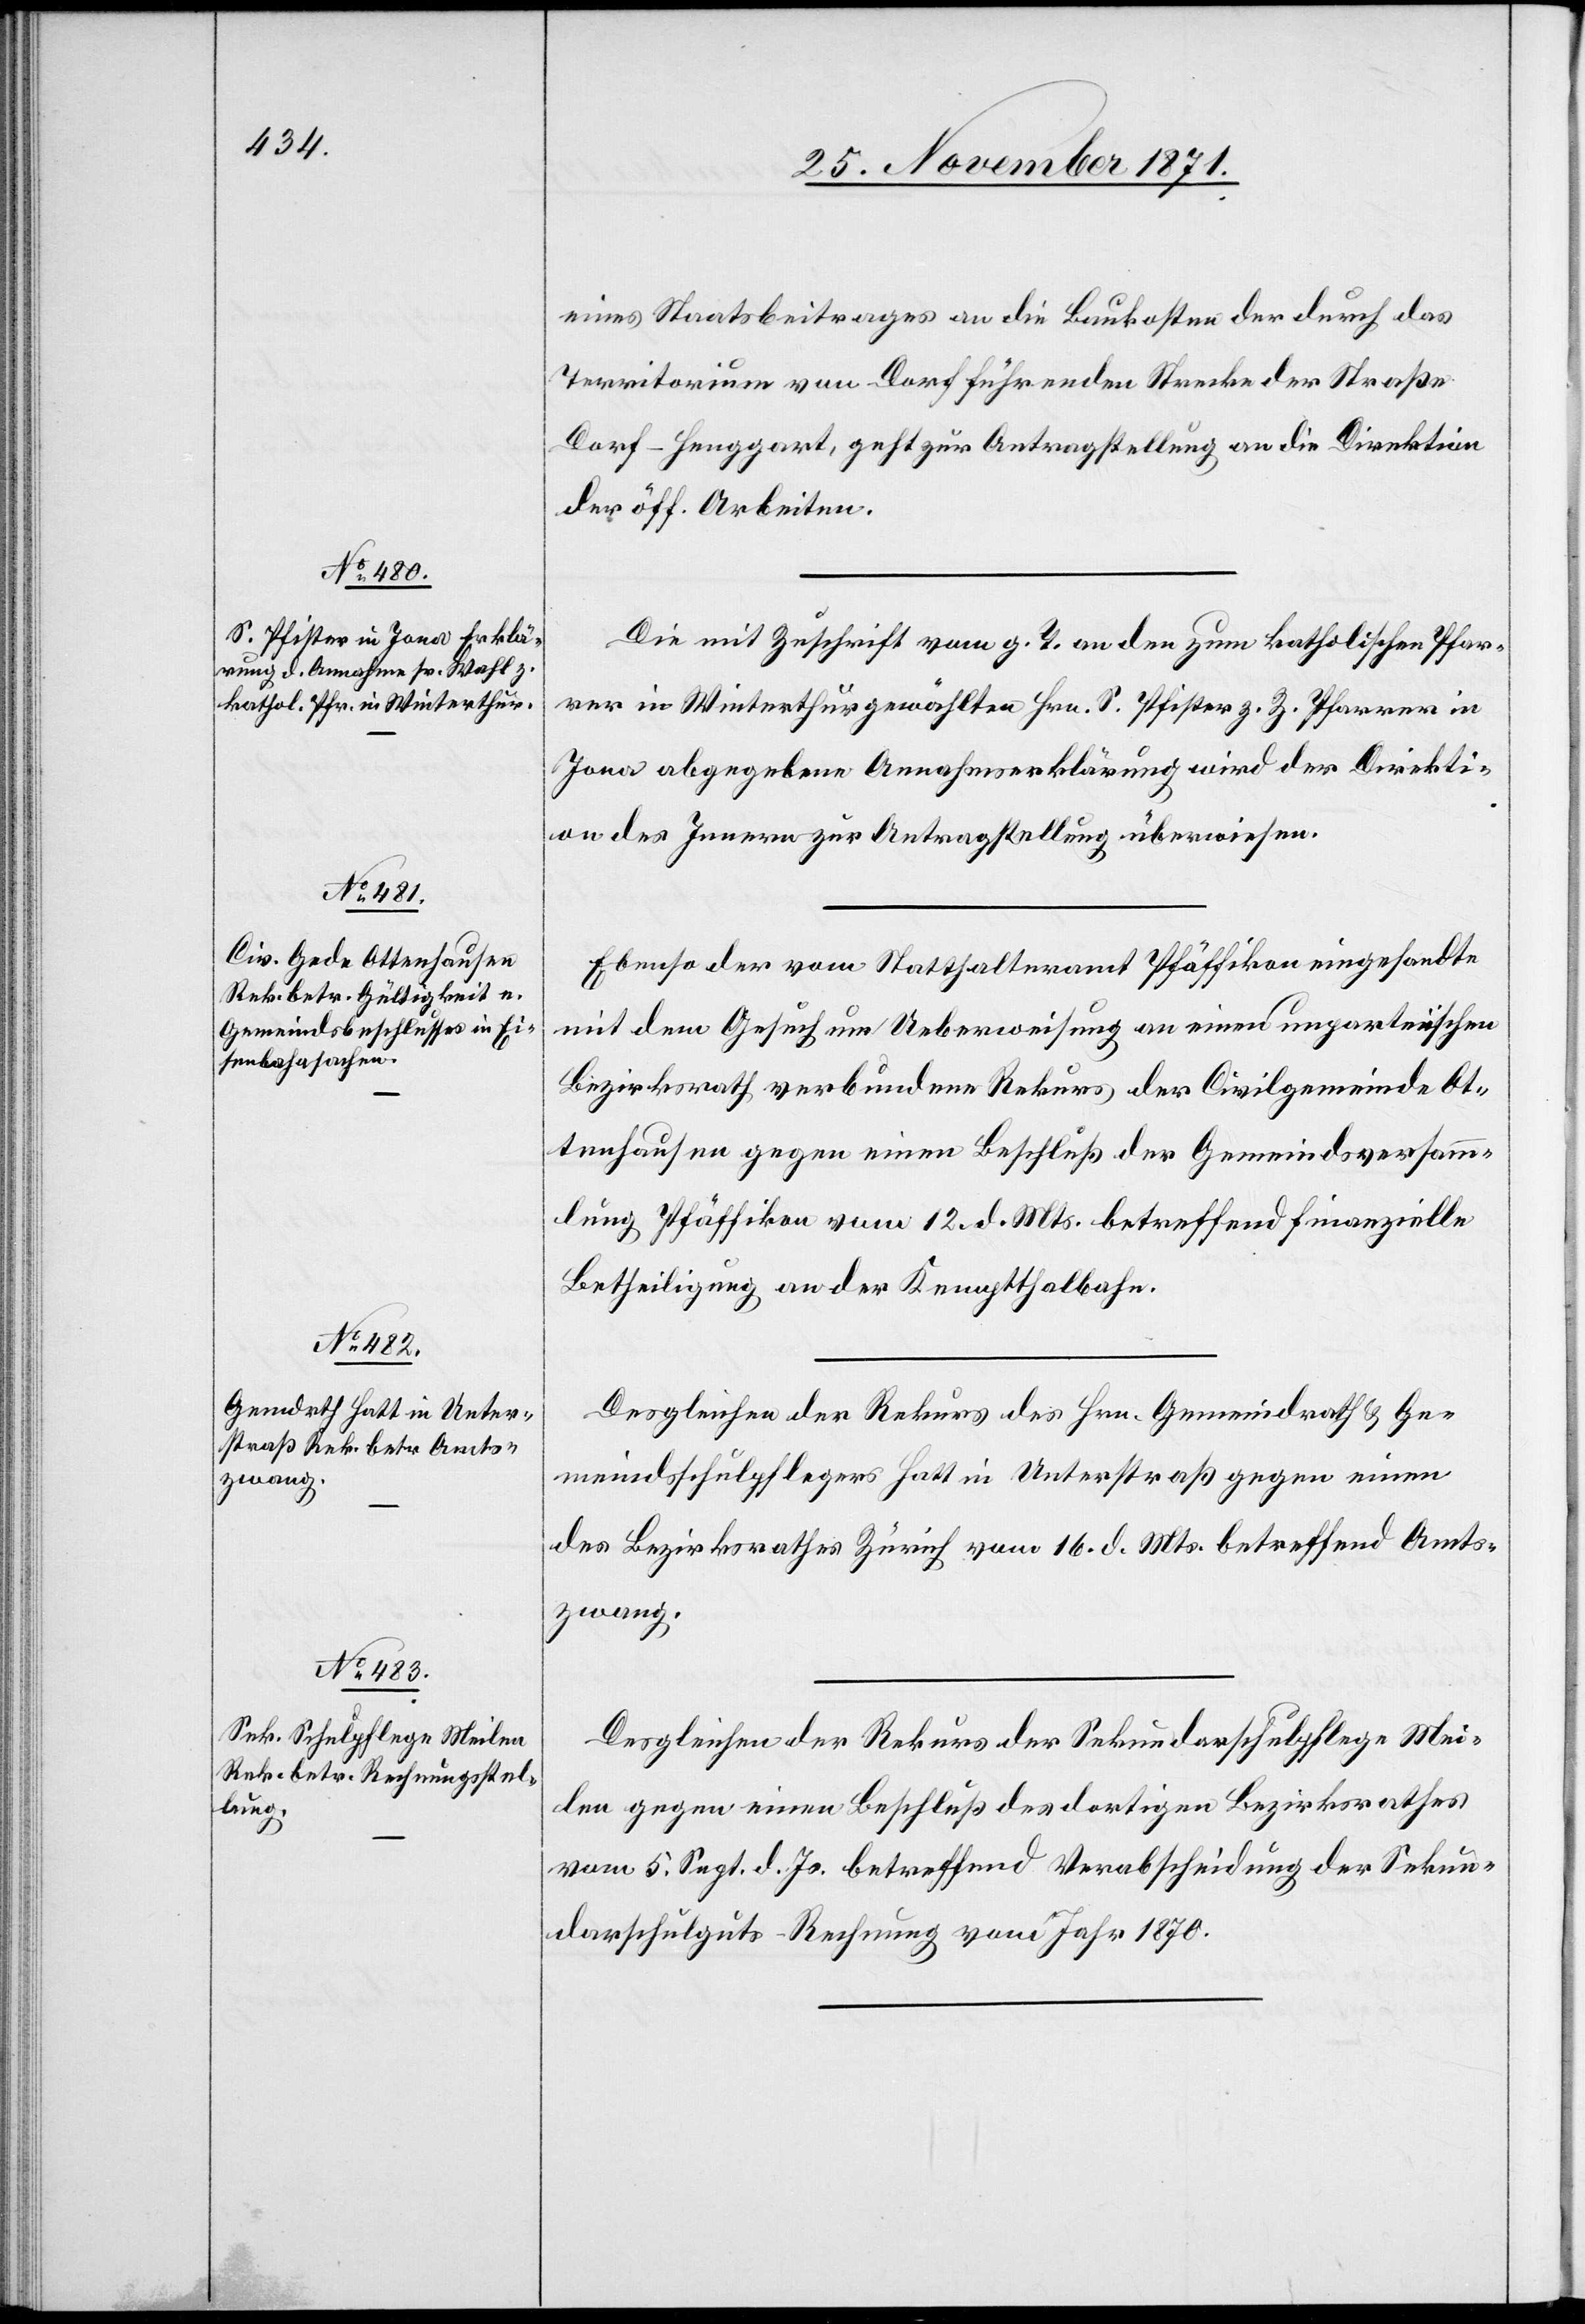
28. November 1871.]
eines Staatsbeitrages an die Baukosten der durch das
Territorium von Dorf führende Strecke der Straße
Dorf–Henggart, geht zur Antragstellung an die Direktion
der öff. Arbeiten.
Die mit Zuschrift vom g. T. an den zum katholischen Pfar¬
rer in Winterthur gewählten Hrn. S. Pfister z. Z. Pfarrer in
Jona abgegebene Annahmeerklärung wird der Direkti¬
on des Innern zur Antragstellung überwiesen.
Ebenso der vom Statthalteramt Pfäffikon eingesandte
mit dem Gesuch um Ueberweisung an eine unparteiischen
Bezirksrath verbundene Rekurs der Civilgemeinde Ot¬
tenhausen gegen einen Beschluß der Gemeindsversamm¬
lung Pfäffikon vom 12. d. Mts. betreffend finanzielle
Betheiligung an der Kemptthalbahn.
Desgleichen der Rekurs des Hrn. Gemeindrath & Ge¬
meindsschulpflegers Hatt in Unterstraß gegen einen
des Bezirksrathes Zürich vom 16. d. Mts. betreffend Amts¬
zwang.
Desgleichen der Rekurs der Sekundarschulpflege Mei¬
len gegen einen Beschluß des dortigen Bezirksrathes
vom 5. Sept. d. Js. betreffend Verabscheidung der Sekun¬
darschulguts-Rechnung vom Jahr 1870.